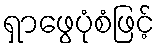
ရှာဖွေပုံစံဖြင့်